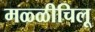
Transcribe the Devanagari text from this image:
मळ्ळीचिलू